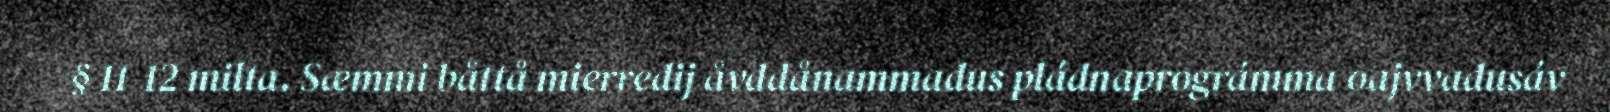
§ 11-12 milta. Sæmmi båttå mierredij åvddånammadus pládnaprográmma oajvvadusáv